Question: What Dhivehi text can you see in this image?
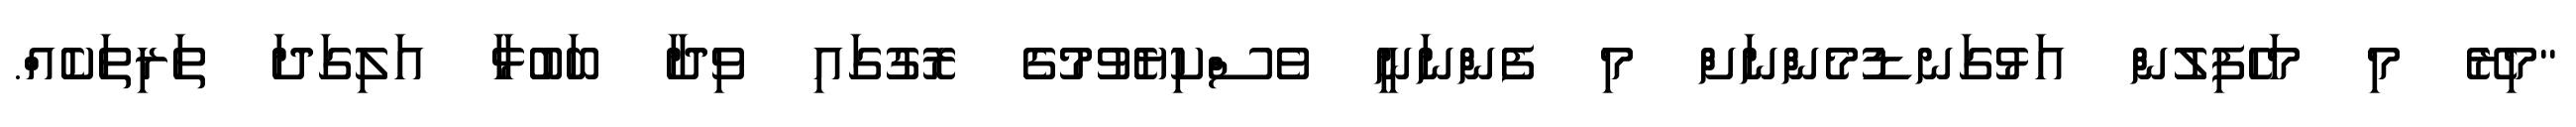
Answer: "މިރޭ މި މަހެފިލުން އަޅުގަނޑުމެންނަށް މި ފެންނަނީ ވެސްކިޔެވުމުގެ ރޮގުގައި ވިދާ ބަބުޅާ އަލިގަދަ ތަރިތަކެއް.